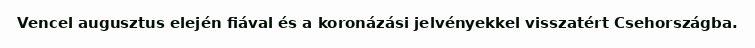
Vencel augusztus elején fiával és a koronázási jelvényekkel visszatért Csehországba.